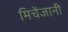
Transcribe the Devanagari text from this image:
मिचेंजानी